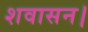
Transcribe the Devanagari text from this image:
शवासन।